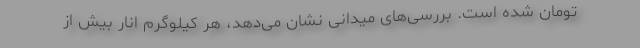
تومان شده است. بررسی‌های میدانی نشان می‌دهد، هر کیلوگرم انار بیش از